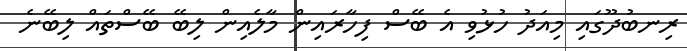
ރިނބުދޫގައި މިއަދު ހުޅުވި އެ ބޭސް ފިހާރައިން މާލެއިން ލިބޭ ބޭސްތައް ލިބޭނެ